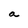
Character: a